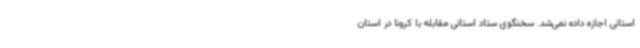
استانی اجازه داده نمی‌شد. سخنگوی ستاد استانی مقابله با کرونا در استان